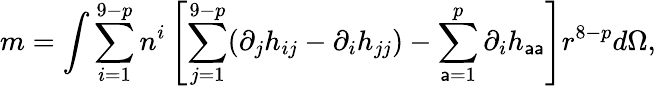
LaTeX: m=\int\sum_{i=1}^{9-p}n^{i}\left[\sum_{j=1}^{9-p}(\partial_{j}h_{ij}-\partial_{i}h_{jj})-\sum_{\mathsf{a}=1}^{p}\partial_{i}h_{\mathsf{a}\mathsf{a}}\right]r^{8-p}d\Omega,